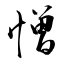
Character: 憎